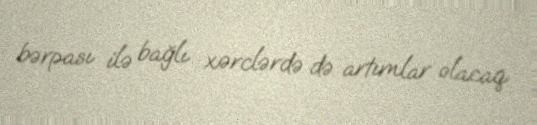
bərpası ilə bağlı xərclərdə də artımlar olacaq.